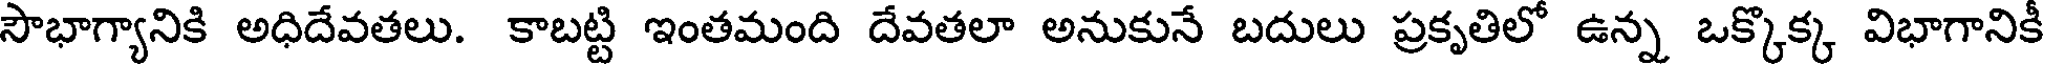
సౌభాగ్యానికి అధిదేవతలు. కాబట్టి ఇంతమంది దేవతలా అనుకునే బదులు ప్రకృతిలో ఉన్న ఒక్కొక్క విభాగానిక